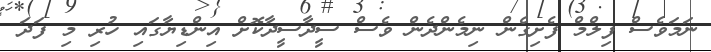
ނަމަވެސް ފިލްމް ފެށިގެން ނިމެންދެން ވެސް ސީދާސީދާކޮށް އިންޑިޔާގައި ހުރި މި ފަދަ